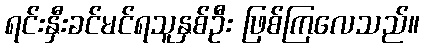
ရင်းနှီးခင်မင်ရသူနှစ်ဦး ဖြစ်ကြလေသည်။